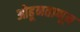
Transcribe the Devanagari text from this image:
ओढूनताणून